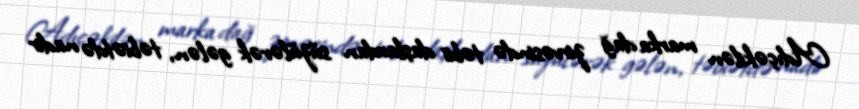
Adıçəkilən marka dağ zirvəsində təbii daşlardan süzülərək gələn, təbiətdə nadir